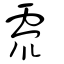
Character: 𩅧